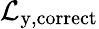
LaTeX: \mathcal{L}_{\mathrm{y,correct}}